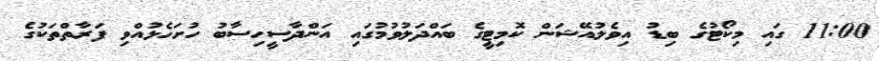
11:00 ގައި މިކޯޓުގެ ބިޑު އިވެލުއޭޝަން ކޮމިޓީގެ ބައްދަލުވުމުގައި އަންދާސީހިސާބު ހުށަހެޅުއްވި ފަރާތްތަކުގެ